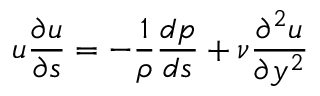
u { \frac { \partial u } { \partial s } } = - { \frac { 1 } { \rho } } { \frac { d p } { d s } } + { \nu } { \frac { \partial ^ { 2 } u } { \partial y ^ { 2 } } }